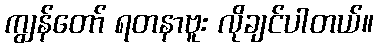
ကျွန်တော် ရတနာဗူး လိုချင်ပါတယ်။